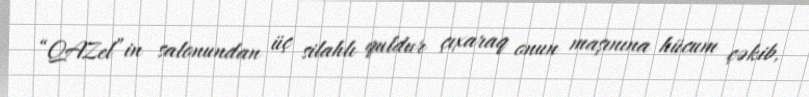
“QAZel”in salonundan üç silahlı quldur çıxaraq onun maşınına hücum çəkib,